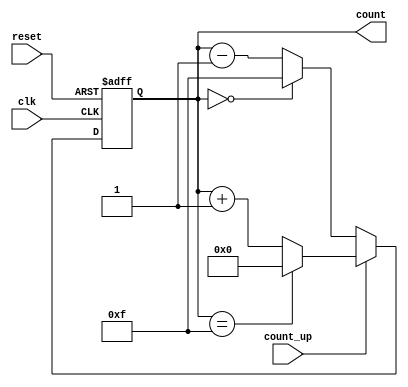
module multi_bit_counter #(
    parameter N = 4 // Bit width of the counter (can be changed as needed)
)(
    input wire clk,              // Clock signal
    input wire reset,            // Asynchronous reset (active high)
    input wire count_up,         // Control signal for counting direction (up/down)
    output reg [N-1:0] count     // N-bit counter output
);

    // Maximum value for N-bit counter
    localparam MAX_COUNT = (1 << N) - 1; // 2^N - 1

    // Asynchronous reset and counting logic
    always @(posedge clk or posedge reset) begin
        if (reset) begin
            count <= 0; // Reset counter to 0
        end else begin
            if (count_up) begin
                // Increment counter with wrap-around
                if (count == MAX_COUNT) begin
                    count <= 0; // Wrap around to 0
                end else begin
                    count <= count + 1; // Increment counter
                end
            end else begin
                // Decrement counter with wrap-around
                if (count == 0) begin
                    count <= MAX_COUNT; // Wrap around to MAX_COUNT
                end else begin
                    count <= count - 1; // Decrement counter
                end
            end
        end
    end

endmodule